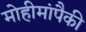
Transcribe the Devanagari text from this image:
मोहीमांपैकी